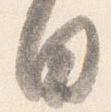
日